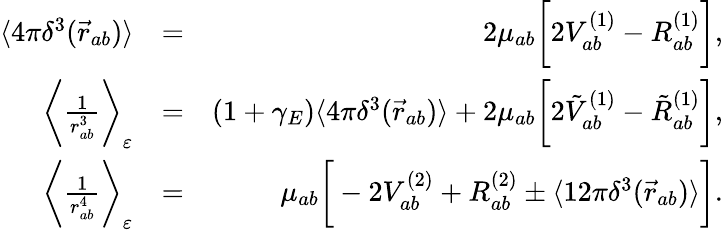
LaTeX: \begin{array}{rlr}{\langle 4\pi\delta^{3}(\vec{r}_{ab})\rangle}&{=}&{2\mu_{ab}\bigg[2V_{ab}^{(1)}-R_{ab}^{(1)}\bigg],}\\ {\bigg\langle\frac{1}{r_{ab}^{3}}\bigg\rangle_{\varepsilon}}&{=}&{\left(1+\gamma_{E}\right)\langle 4\pi\delta^{3}(\vec{r}_{ab})\rangle+2\mu_{ab}\bigg[2\tilde{V}_{ab}^{(1)}-\tilde{R}_{ab}^{(1)}\bigg],}\\ {\bigg\langle\frac{1}{r_{ab}^{4}}\bigg\rangle_{\varepsilon}}&{=}&{\mu_{ab}\bigg[-2{V}_{ab}^{(2)}+{R}_{ab}^{(2)}\pm\langle 12\pi\delta^{3}(\vec{r}_{ab})\rangle\bigg].}\end{array}